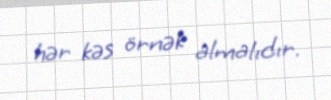
hər kəs örnək almalıdır.